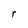
Character: r